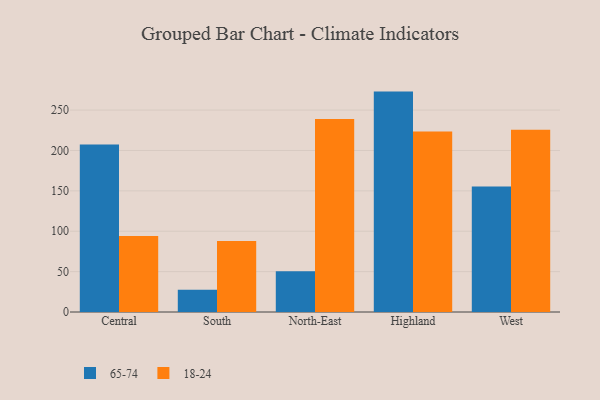
{"axis": {"x": "Region", "y": "Active Users"}, "legend": ["18-24", "65-74"], "data": [{"x": "Central", "y": 207.3, "type": "65-74"}, {"x": "Central", "y": 94.2, "type": "18-24"}, {"x": "South", "y": 27.5, "type": "65-74"}, {"x": "South", "y": 88.0, "type": "18-24"}, {"x": "North-East", "y": 50.4, "type": "65-74"}, {"x": "North-East", "y": 239.0, "type": "18-24"}, {"x": "Highland", "y": 272.9, "type": "65-74"}, {"x": "Highland", "y": 223.4, "type": "18-24"}, {"x": "West", "y": 155.3, "type": "65-74"}, {"x": "West", "y": 225.7, "type": "18-24"}]}